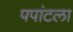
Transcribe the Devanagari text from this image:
पपांटला